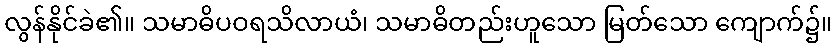
လွန်နိုင်ခဲ၏။ သမာဓိပဝရသိလာယံ၊ သမာဓိတည်းဟူသော မြတ်သော ကျောက်၌။